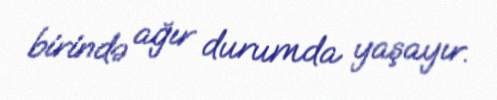
birində ağır durumda yaşayır.